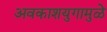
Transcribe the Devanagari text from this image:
अवकाशयुगामुळे